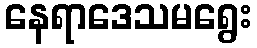
နေရာဒေသမရွေး